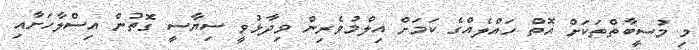
މި މުސީބާތްތަކަށް އޮތް ހައްލެއްގެ ކަމަށް އިލްމުވެރިން ވިދާޅުވީ ސިޔާސީ ގޮތުން އިސްލާހަށާއި